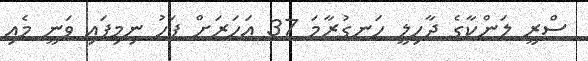
ސްރީ ލަންކާގެ ދާހިލީ ހަނގުރާމަ 37 އަހަރަށް ފަހު ނިމިފައި ވަނީ މެއި